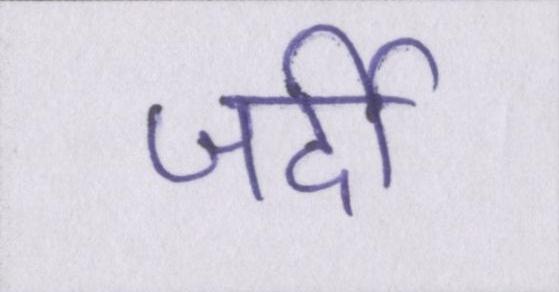
जर्दी